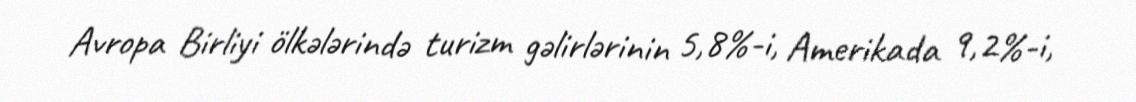
Avropa Birliyi ölkələrində turizm gəlirlərinin 5,8%-i, Amerikada 9,2%-i,